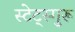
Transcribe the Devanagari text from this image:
स्टेट्स्गुरू